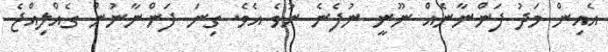
އެއިން މަދު ފަންނާނެއް ނޫނީ ނުފެނެ ނުވެ އެވެ. ގިނަ ފަންނާނުން ގެއްލިއްޖެ